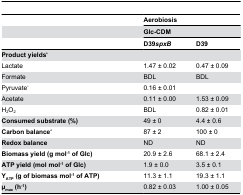
<table><thead><tr><td></td><td colspan="2"><b>Aerobiosis</b></td></tr><tr><td></td><td colspan="2"><b>Glc-CDM</b></td></tr><tr><td></td><td><b>D39<i>spxB</i></b></td><td><b>D39</b></td></tr></thead><tbody><tr><td><b>Product yields<sup>b</sup></b></td><td></td><td></td></tr><tr><td>Lactate</td><td>1.47 ± 0.02</td><td>0.47 ± 0.09</td></tr><tr><td>Formate</td><td>BDL</td><td>BDL</td></tr><tr><td>Pyruvate<sup>c</sup></td><td>0.16 ± 0.01</td><td></td></tr><tr><td>Acetate</td><td>0.11 ± 0.00</td><td>1.53 ± 0.09</td></tr><tr><td>H<sub>2</sub>O<sub>2</sub></td><td>BDL</td><td>0.82 ± 0.01</td></tr><tr><td><b>Consumed substrate (%)</b></td><td>49 ± 0</td><td>4.4 ± 0.6</td></tr><tr><td><b>Carbon balance<sup>d</sup></b></td><td>87 ± 2</td><td>100 ± 0</td></tr><tr><td><b>Redox balance</b></td><td>ND</td><td>ND</td></tr><tr><td><b>Biomass yield (g mol<sup>-1</sup> of Glc)</b></td><td>20.9 ± 2.6</td><td>68.1 ± 2.4</td></tr><tr><td><b>ATP yield (mol mol<sup>-1</sup> of Glc)</b></td><td>1.9 ± 0.0</td><td>3.5 ± 0.1</td></tr><tr><td><b>Y<sub>ATP</sub> (g of biomass mol<sup>-1</sup> of ATP)</b></td><td>11.3 ± 1.1</td><td>19.3 ± 1.1</td></tr><tr><td><b>μ<sub>max</sub> (h<sup>-1</sup>)</b></td><td>0.82 ± 0.03</td><td>1.00 ± 0.05</td></tr></tbody></table>